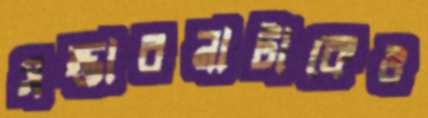
সম্ভাবনাটাকেও